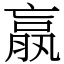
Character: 𣎆